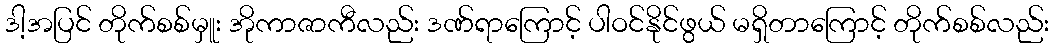
ဒါ့အပြင် တိုက်စစ်မှူး အိုကာဇာကီလည်း ဒဏ်ရာကြောင့် ပါဝင်နိုင်ဖွယ် မရှိတာကြောင့် တိုက်စစ်လည်း